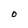
Character: O